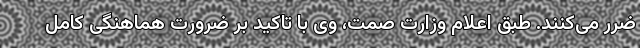
ضرر می‌کنند. طبق اعلام وزارت صمت، وی با تاکید بر ضرورت هماهنگی کامل